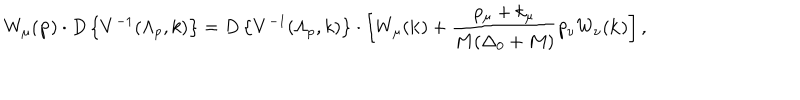
W _ { \mu } ( { \bf p } ) \cdot D \left\{ V ^ { - 1 } ( \Lambda _ { p } , k ) \right\} = D \left\{ V ^ { - 1 } ( \Lambda _ { p } , k ) \right\} \cdot \left[ W _ { \mu } ( { \bf k } ) + \frac { p _ { \mu } + k _ { \mu } } { M ( \Delta _ { 0 } + M ) } p _ { \nu } W _ { \nu } ( { \bf k } ) \right] ,